Vaccination in Burma 1912-1922 - 1912-1922
Year: 1912
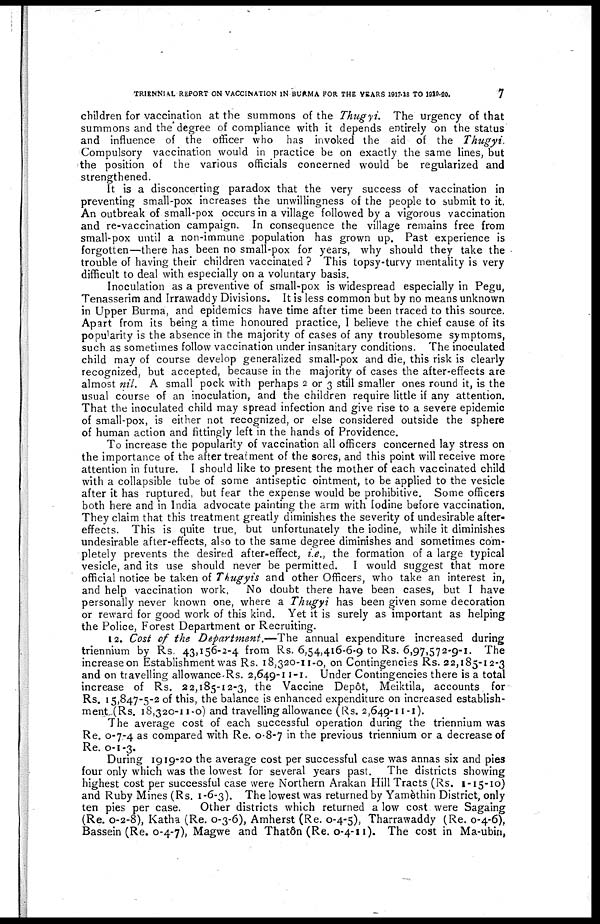
TRIENNIAL REPORT ON VACCINATION IN BURMA FOR THE YEARS 1917-18 TO 1919-20.
7
children for vaccination at the summons of the Thugyi. The urgency of that
summons and the degree of compliance with it depends entirely on the status
and influence of the officer who has invoked the aid of the Thugyi.
Compulsory vaccination would in practice be on exactly the same lines, but
the position of the various officials concerned would be regularized and
strengthened.
It is a disconcerting paradox that the very success of vaccination in
preventing small-pox increases the unwillingness of the people to submit to it.
An outbreak of small-pox occurs in a village followed by a vigorous vaccination
and re-vaccination campaign. In consequence the village remains free from
small-pox until a non-immune population has grown up. Past experience is
forgotten—there has been no small-pox for years, why should they take the
trouble of having their children vaccinated ? This topsy-turvy mentality is very
difficult to deal with especially on a voluntary basis.
Inoculation as a preventive of small-pox is widespread especially in Pegu,
Tenasserim and Irrawaddy Divisions. It is less common but by no means unknown
in Upper Burma, and epidemics have time after time been traced to this source.
Apart from its being a time honoured practice, I believe the chief cause of its
popularity is the absence in the majority of cases of any troublesome symptoms,
such as sometimes follow vaccination under insanitary conditions. The inoculated
child may of course develop generalized small-pox and die, this risk is clearly
recognized, but accepted, because in the majority of cases the after-effects are
almost nil. A small pock with perhaps 2 or 3 still smaller ones round it, is the
usual course of an inoculation, and the children require little if any attention.
That the inoculated child may spread infection and give rise to a severe epidemic
of small-pox, is either not recognized, or else considered outside the sphere
of human action and fittingly left in the hands of Providence.
To increase the popularity of vaccination all officers concerned lay stress on
the importance of the after treatment of the sores, and this point will receive more
attention in future. I should like to present the mother of each vaccinated child
with a collapsible tube of some antiseptic ointment, to be applied to the vesicle
after it has ruptured, but fear the expense would be prohibitive. Some officers
both here and in India advocate painting the arm with Iodine before vaccination.
They claim that this treatment greatly diminishes the severity of undesirable after-
effects. This is quite true, but unfortunately the iodine, while it diminishes
undesirable after-effects, also to the same degree diminishes and sometimes com-
pletely prevents the desired after-effect, i.e., the formation of a large typical
vesicle, and its use should never be permitted. I would suggest that more
official notice be taken of Thugyis and other Officers, who take an interest in,
and help vaccination work. No doubt there have been cases, but I have
personally never known one, where a Thugyi has been given some decoration
or reward for good work of this kind. Yet it is surely as important as helping
the Police, Forest Department or Recruiting.
12. Cost of the Department.—The annual expenditure increased during
triennium by Rs. 43,156-2-4 from Rs. 6,54,416-6-9 to Rs. 6,97,572-9-1. The
increase on Establishment was Rs. 18,320-11-0, on Contingencies Rs. 22,185-12-3
and on travelling allowance Rs. 2,649-11-1. Under Contingencies there is a total
increase of Rs. 22,185-12-3, the Vaccine Depôt, Meiktila, accounts for
Rs. 15,847-5-2 of this, the balance is enhanced expenditure on increased establish-
ment (Rs. 18,320-11-0) and travelling allowance (Rs. 2,649-11-1).
The average cost of each successful operation during the triennium was
Re. 0-7-4 as compared with Re. 0-8-7 in the previous triennium or a decrease of
Re. 0-1-3.
During 1919-20 the average cost per successful case was annas six and pies
four only which was the lowest for several years past. The districts showing
highest cost per successful case were Northern Arakan Hill Tracts (Rs. 1-15-10)
and Ruby Mines (Rs. 1-6-3). The lowest was returned by Yamèthin District, only
ten pies per case.
Other districts which returned a low cost were Sagaing
(Re. 0-2-8), Katha (Re. 0-3-6), Amherst (Re. 0-4-5), Tharrawaddy (Re. 0-4-6),
Bassein (Re. 0-4-7), Magwe and Thatôn (Re. 0-4-11). The cost in Ma-ubin,